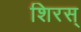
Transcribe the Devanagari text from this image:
शिरस्